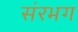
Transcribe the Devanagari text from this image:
संरभग